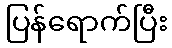
ပြန်ရောက်ပြီး